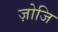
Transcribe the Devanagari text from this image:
ज़ोजि